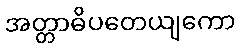
အတ္တာဓိပတေယျကော